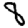
Digit: 8